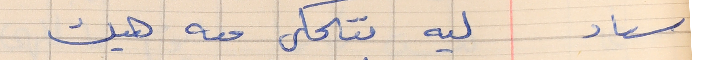
سعاد     ليه بتحكي معه هيك